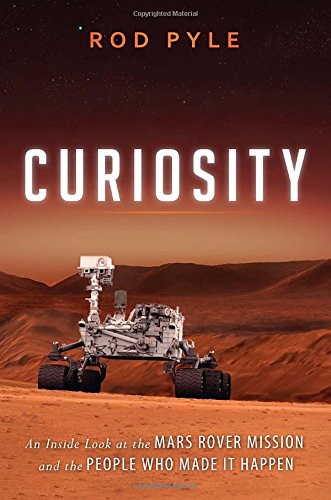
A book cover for Curiosity: An Inside Look at the Mars Rover Mission and the People Who Made It Happen; Rod Pyle; Science & Math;